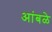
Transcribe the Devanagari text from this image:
आंबळे